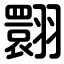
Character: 翾